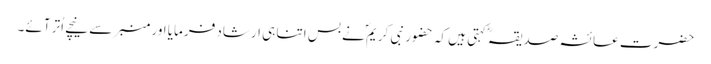
حضرت عائشہ صدیقہؓ کہتی ہیں کہ حضور نبی کریمؐ نے بس اتنا ہی ارشاد فرمایا اور منبر سے نیچے اُتر آئے۔